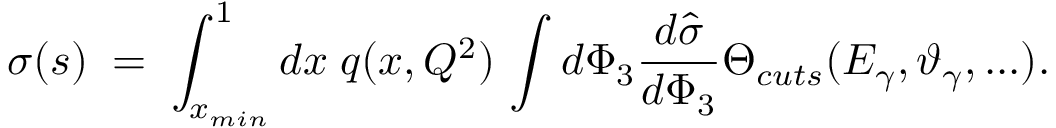
\sigma ( s ) \; = \; \int _ { x _ { m i n } } ^ { 1 } d x \; q ( x , Q ^ { 2 } ) \, \int d \Phi _ { 3 } \frac { d \hat { \sigma } } { d \Phi _ { 3 } } \Theta _ { c u t s } ( E _ { \gamma } , \vartheta _ { \gamma } , . . . ) .